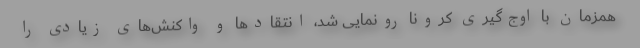
همزمان با اوج‌گیری کرونا رونمایی شد، انتقادها و واکنش‌های زیادی را